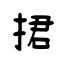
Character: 捃